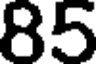
85